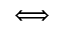
\Longleftrightarrow